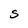
Character: S